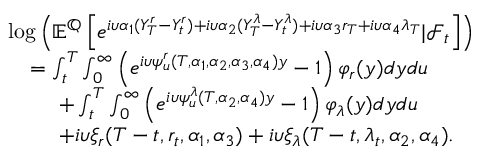
\begin{array} { r l } & { \log \left( { \mathbb E } ^ { { \mathbb Q } } \left[ e ^ { i \upsilon \alpha _ { 1 } ( Y _ { T } ^ { r } - Y _ { t } ^ { r } ) + i \upsilon \alpha _ { 2 } ( Y _ { T } ^ { \lambda } - Y _ { t } ^ { \lambda } ) + i \upsilon \alpha _ { 3 } r _ { T } + i \upsilon \alpha _ { 4 } \lambda _ { T } } | { \mathcal F } _ { t } \right] \right) } \\ & { \ \ \ = \int _ { t } ^ { T } \int _ { 0 } ^ { \infty } \left( e ^ { i \upsilon \psi _ { u } ^ { r } ( T , \alpha _ { 1 } , \alpha _ { 2 } , \alpha _ { 3 } , \alpha _ { 4 } ) y } - 1 \right) \varphi _ { r } ( y ) d y d u } \\ & { \ \ \ \ \ \ \ + \int _ { t } ^ { T } \int _ { 0 } ^ { \infty } \left( e ^ { i \upsilon \psi _ { u } ^ { \lambda } ( T , \alpha _ { 2 } , \alpha _ { 4 } ) y } - 1 \right) \varphi _ { \lambda } ( y ) d y d u } \\ & { \ \ \ \ \ \ \ + i \upsilon \xi _ { r } ( T - t , r _ { t } , \alpha _ { 1 } , \alpha _ { 3 } ) + i \upsilon \xi _ { \lambda } ( T - t , \lambda _ { t } , \alpha _ { 2 } , \alpha _ { 4 } ) . } \end{array}